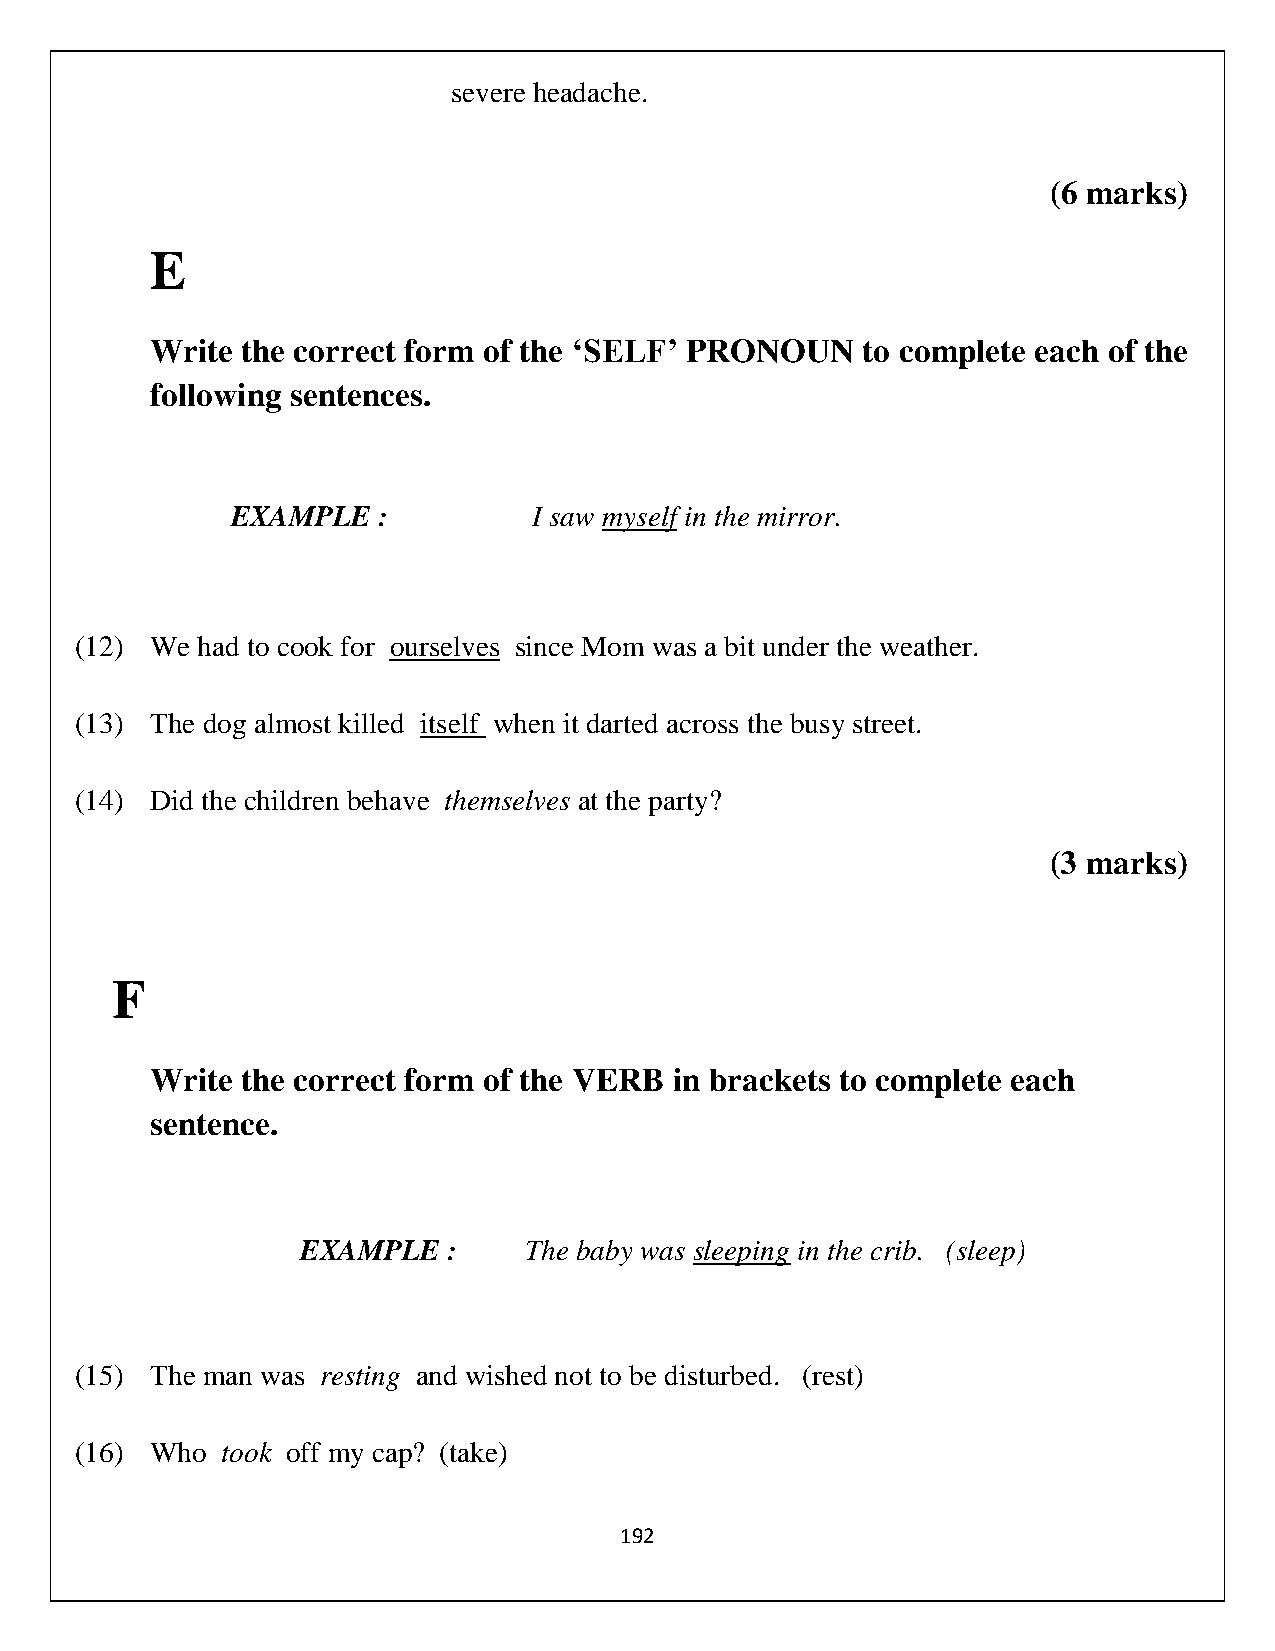
severe headache.
 (6 marks)
 E
 Write the correct form of the ‘SELF’ PRONOUN   to complete each of the
 following sentences.
 EXAMPLE   :         I saw myself in the mirror.
 (12) We had to cook for ourselves since Mom was a bit under the weather.
 (13) The dog almost killed itself when it darted across the busy street.
 (14) Did the children behave themselves at the party?
 (3 marks)
 F
 Write the correct form of the VERB in brackets to complete each
 sentence.
 EXAMPLE   :    The baby was sleeping in the crib. (sleep)
 (15) The man was resting and wished not to be disturbed. (rest)
 (16) Who  took off my cap? (take)
 192